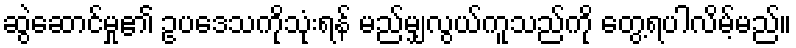
ဆွဲဆောင်မှု၏ ဥပဒေသကိုသုံးရန် မည်မျှလွယ်ကူသည်ကို တွေ့ရပါလိမ့်မည်။